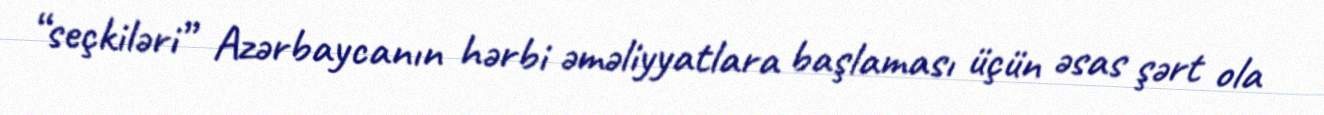
“seçkiləri” Azərbaycanın hərbi əməliyyatlara başlaması üçün əsas şərt ola